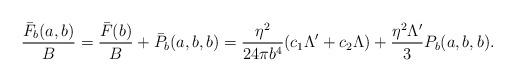
LaTeX: \begin{align*}\frac{\bar F_{b}(a,b)}{B}=\frac{\bar F(b)}{B}+\bar P_{b}(a,b,b)=\frac{\eta^{2}}{24\pi b^{4}}(c_{1}\Lambda'+c_{2}\Lambda)+\frac{\eta^{2}\Lambda'}{3}P_{b}(a,b,b).\end{align*}